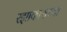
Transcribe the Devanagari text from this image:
रझाकाराच्या